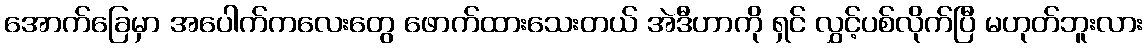
အောက်ခြေမှာ အပေါက်ကလေးတွေ ဖောက်ထားသေးတယ် အဲဒီဟာကို ရှင် လွှင့်ပစ်လိုက်ပြီ မဟုတ်ဘူးလား